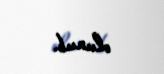
olunub.